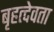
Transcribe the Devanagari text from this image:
बृहत्देवता